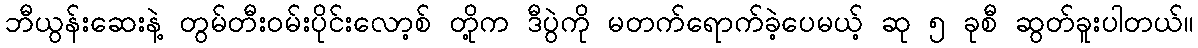
ဘီယွန်းဆေးနဲ့ တွမ်တီးဝမ်းပိုင်းလော့စ် တို့က ဒီပွဲကို မတက်ရောက်ခဲ့ပေမယ့် ဆု ၅ ခုစီ ဆွတ်ခူးပါတယ်။